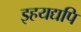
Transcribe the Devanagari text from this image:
इहयद्यपि